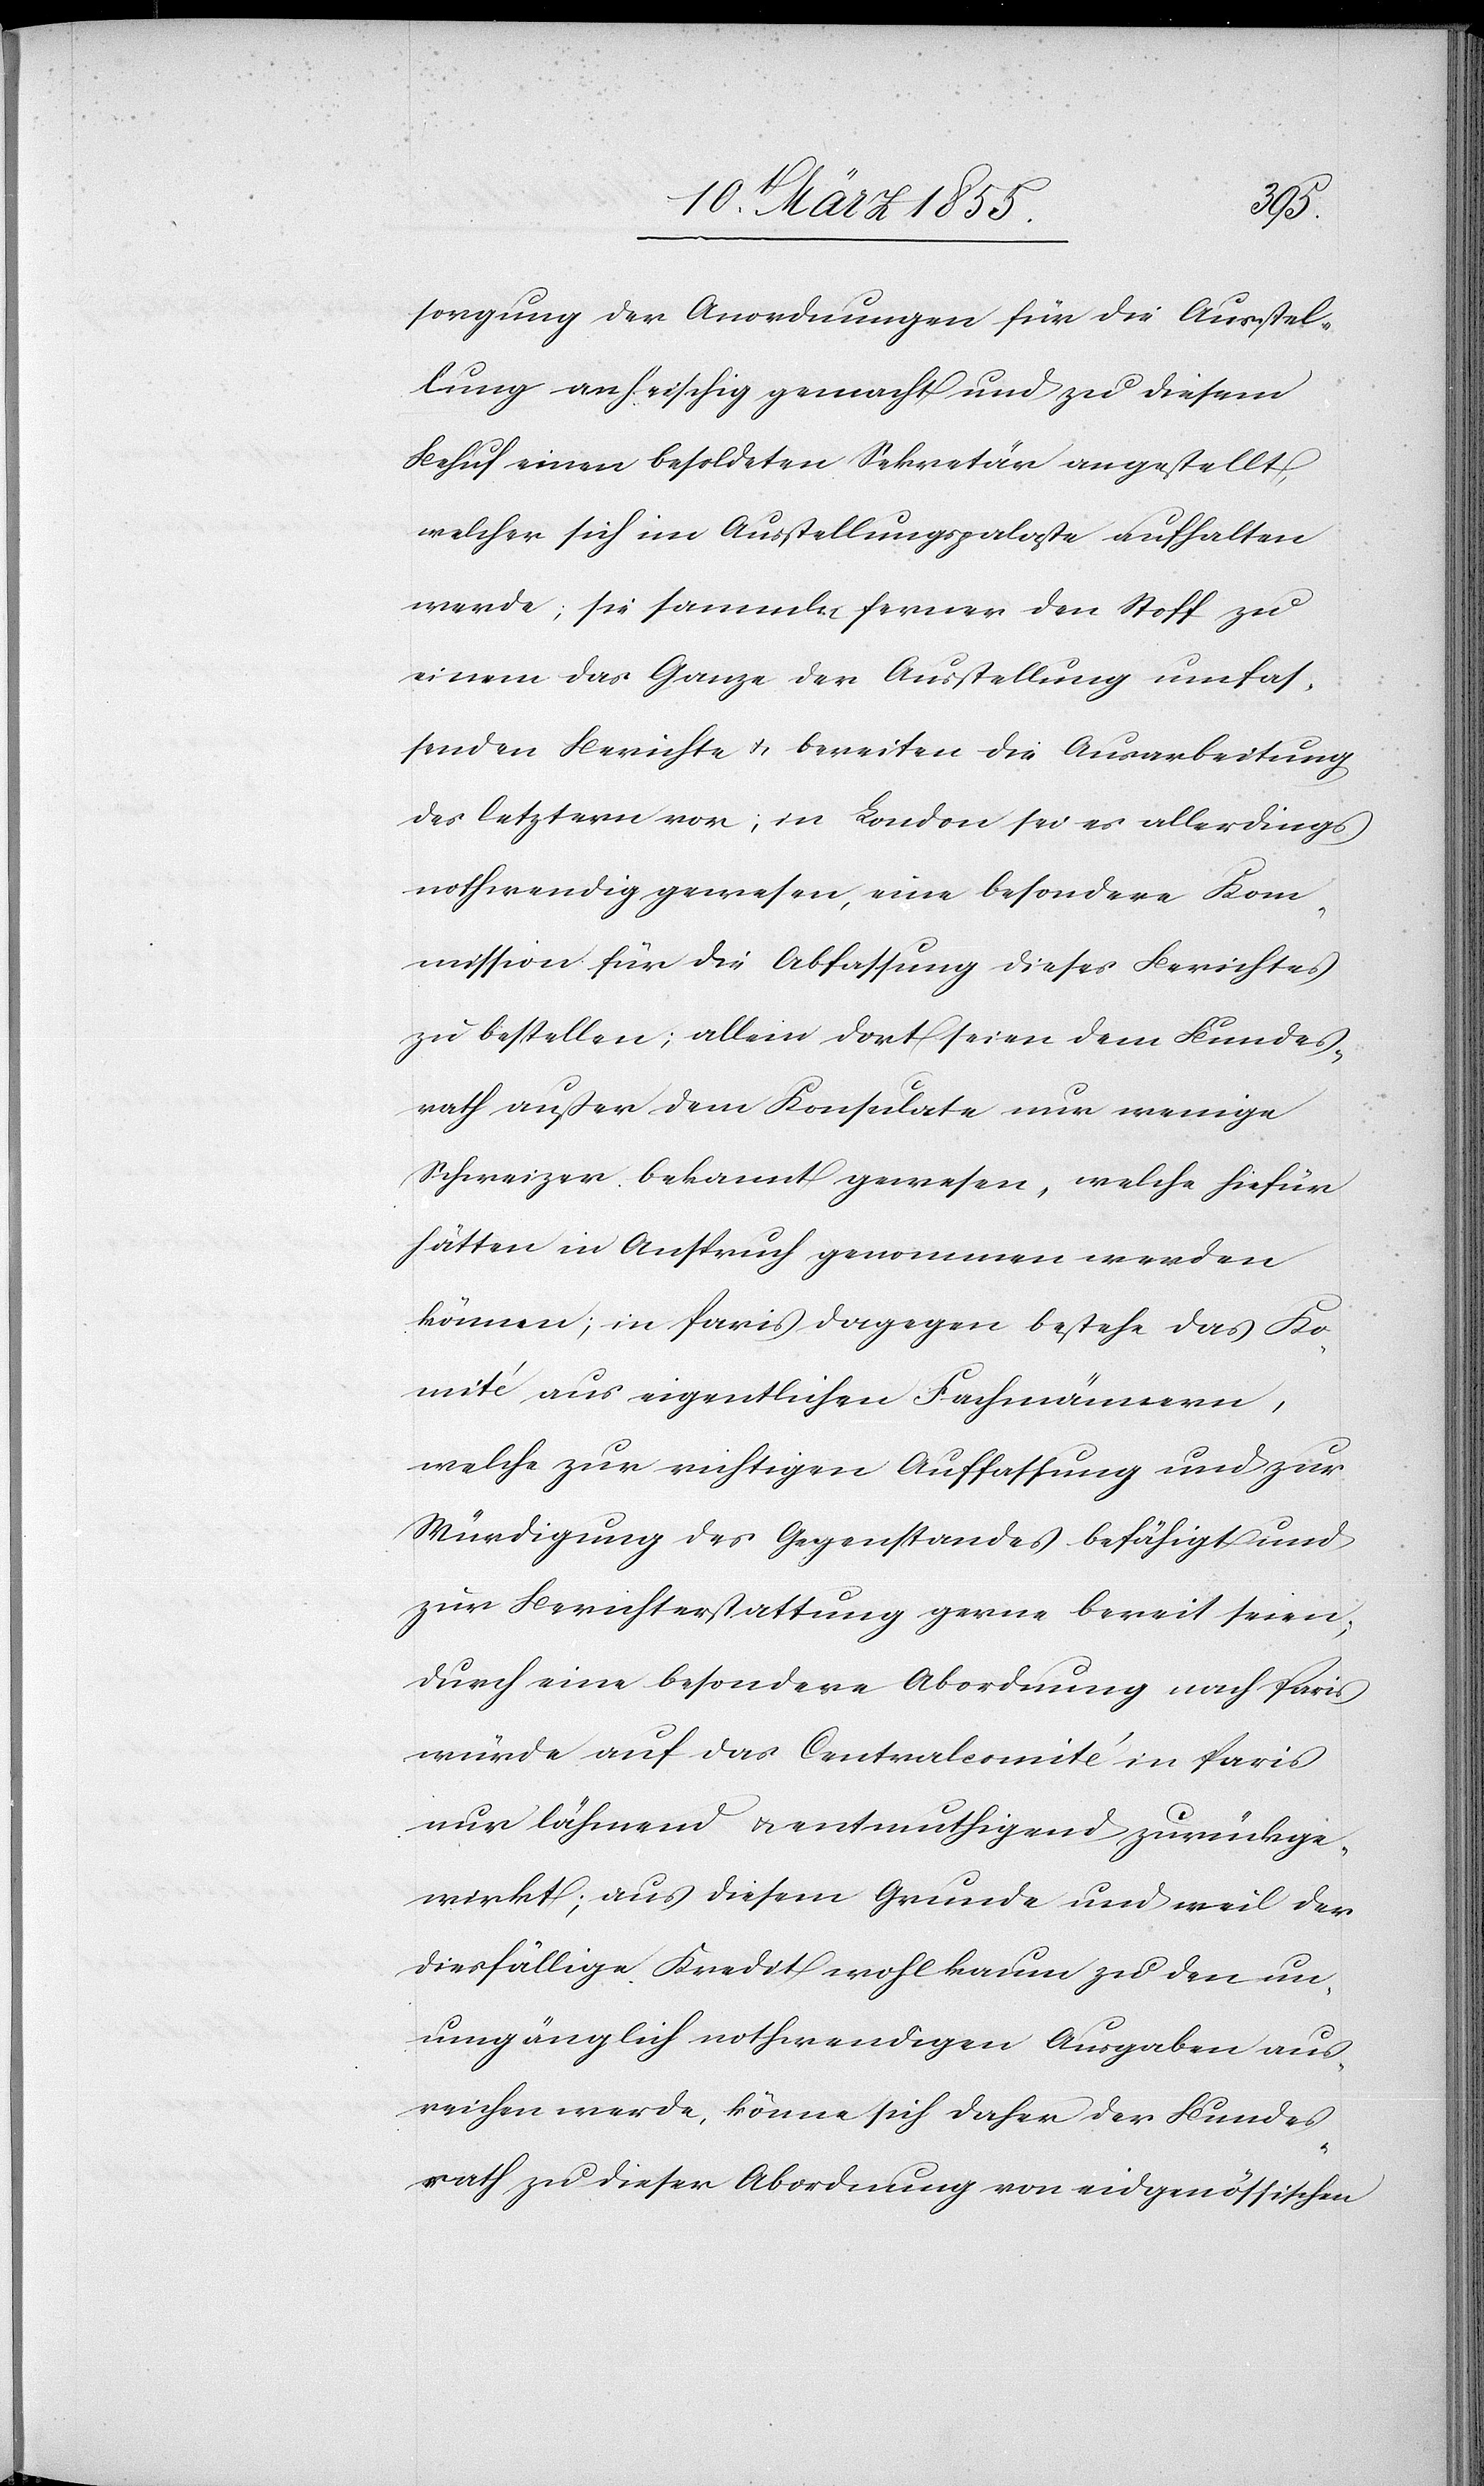
sorgung der Anordnungen für die Ausstel¬
lung anheischig gemacht und zu diesem
Behuf einen besoldeten Sekretär angestellt,
welcher sich im Ausstellungspalaste aufhalten
werde; sie samm[e]ln ferner den Stoff zu
einem das Ganze der Ausstellung umfas¬
senden Berichte & bereiten die Ausarbeitung
des letztern vor; in London sei es allerdings
nothwendig gewesen, eine besondere Kom¬
mission für die Abfassung dieses Berichtes
zu bestellen; allein dort seien dem Bundes¬
rath außer dem Konsulate nur wenige
Schweizer bekannt gewesen, welche hiefür
hätten in Anspruch genommen werden
können; in Paris dagegen bestehe das Ko¬
mité aus eigentlichen Fachmännern,
welche zur richtigen Auffassung und zur
Würdigung des Gegenstandes befähigt und
zur Berichterstattung gerne bereit seien;
durch eine besondere Abordnung nach Paris
würde auf das Centralcomité in Paris
nur lähmend & entmuthigend zurückge¬
wirkt; aus diesem Grunde und weil der
diesfällige Kredit wohl kaum zu den un¬
umgänglich nothwendigen Ausgaben aus¬
reichen werde, könne sich daher der Bundes¬
rath zu dieser Abordnung von eidgenössischen